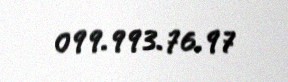
099.993.76.97